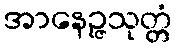
အာနေဉ္ဇသုတ္တံ